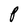
Character: P